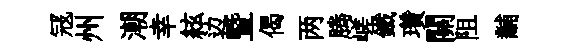
冦州潮幸絃边曁偈两腾嵯鐵瓚關阻黼